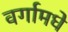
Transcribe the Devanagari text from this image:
वर्गामधे